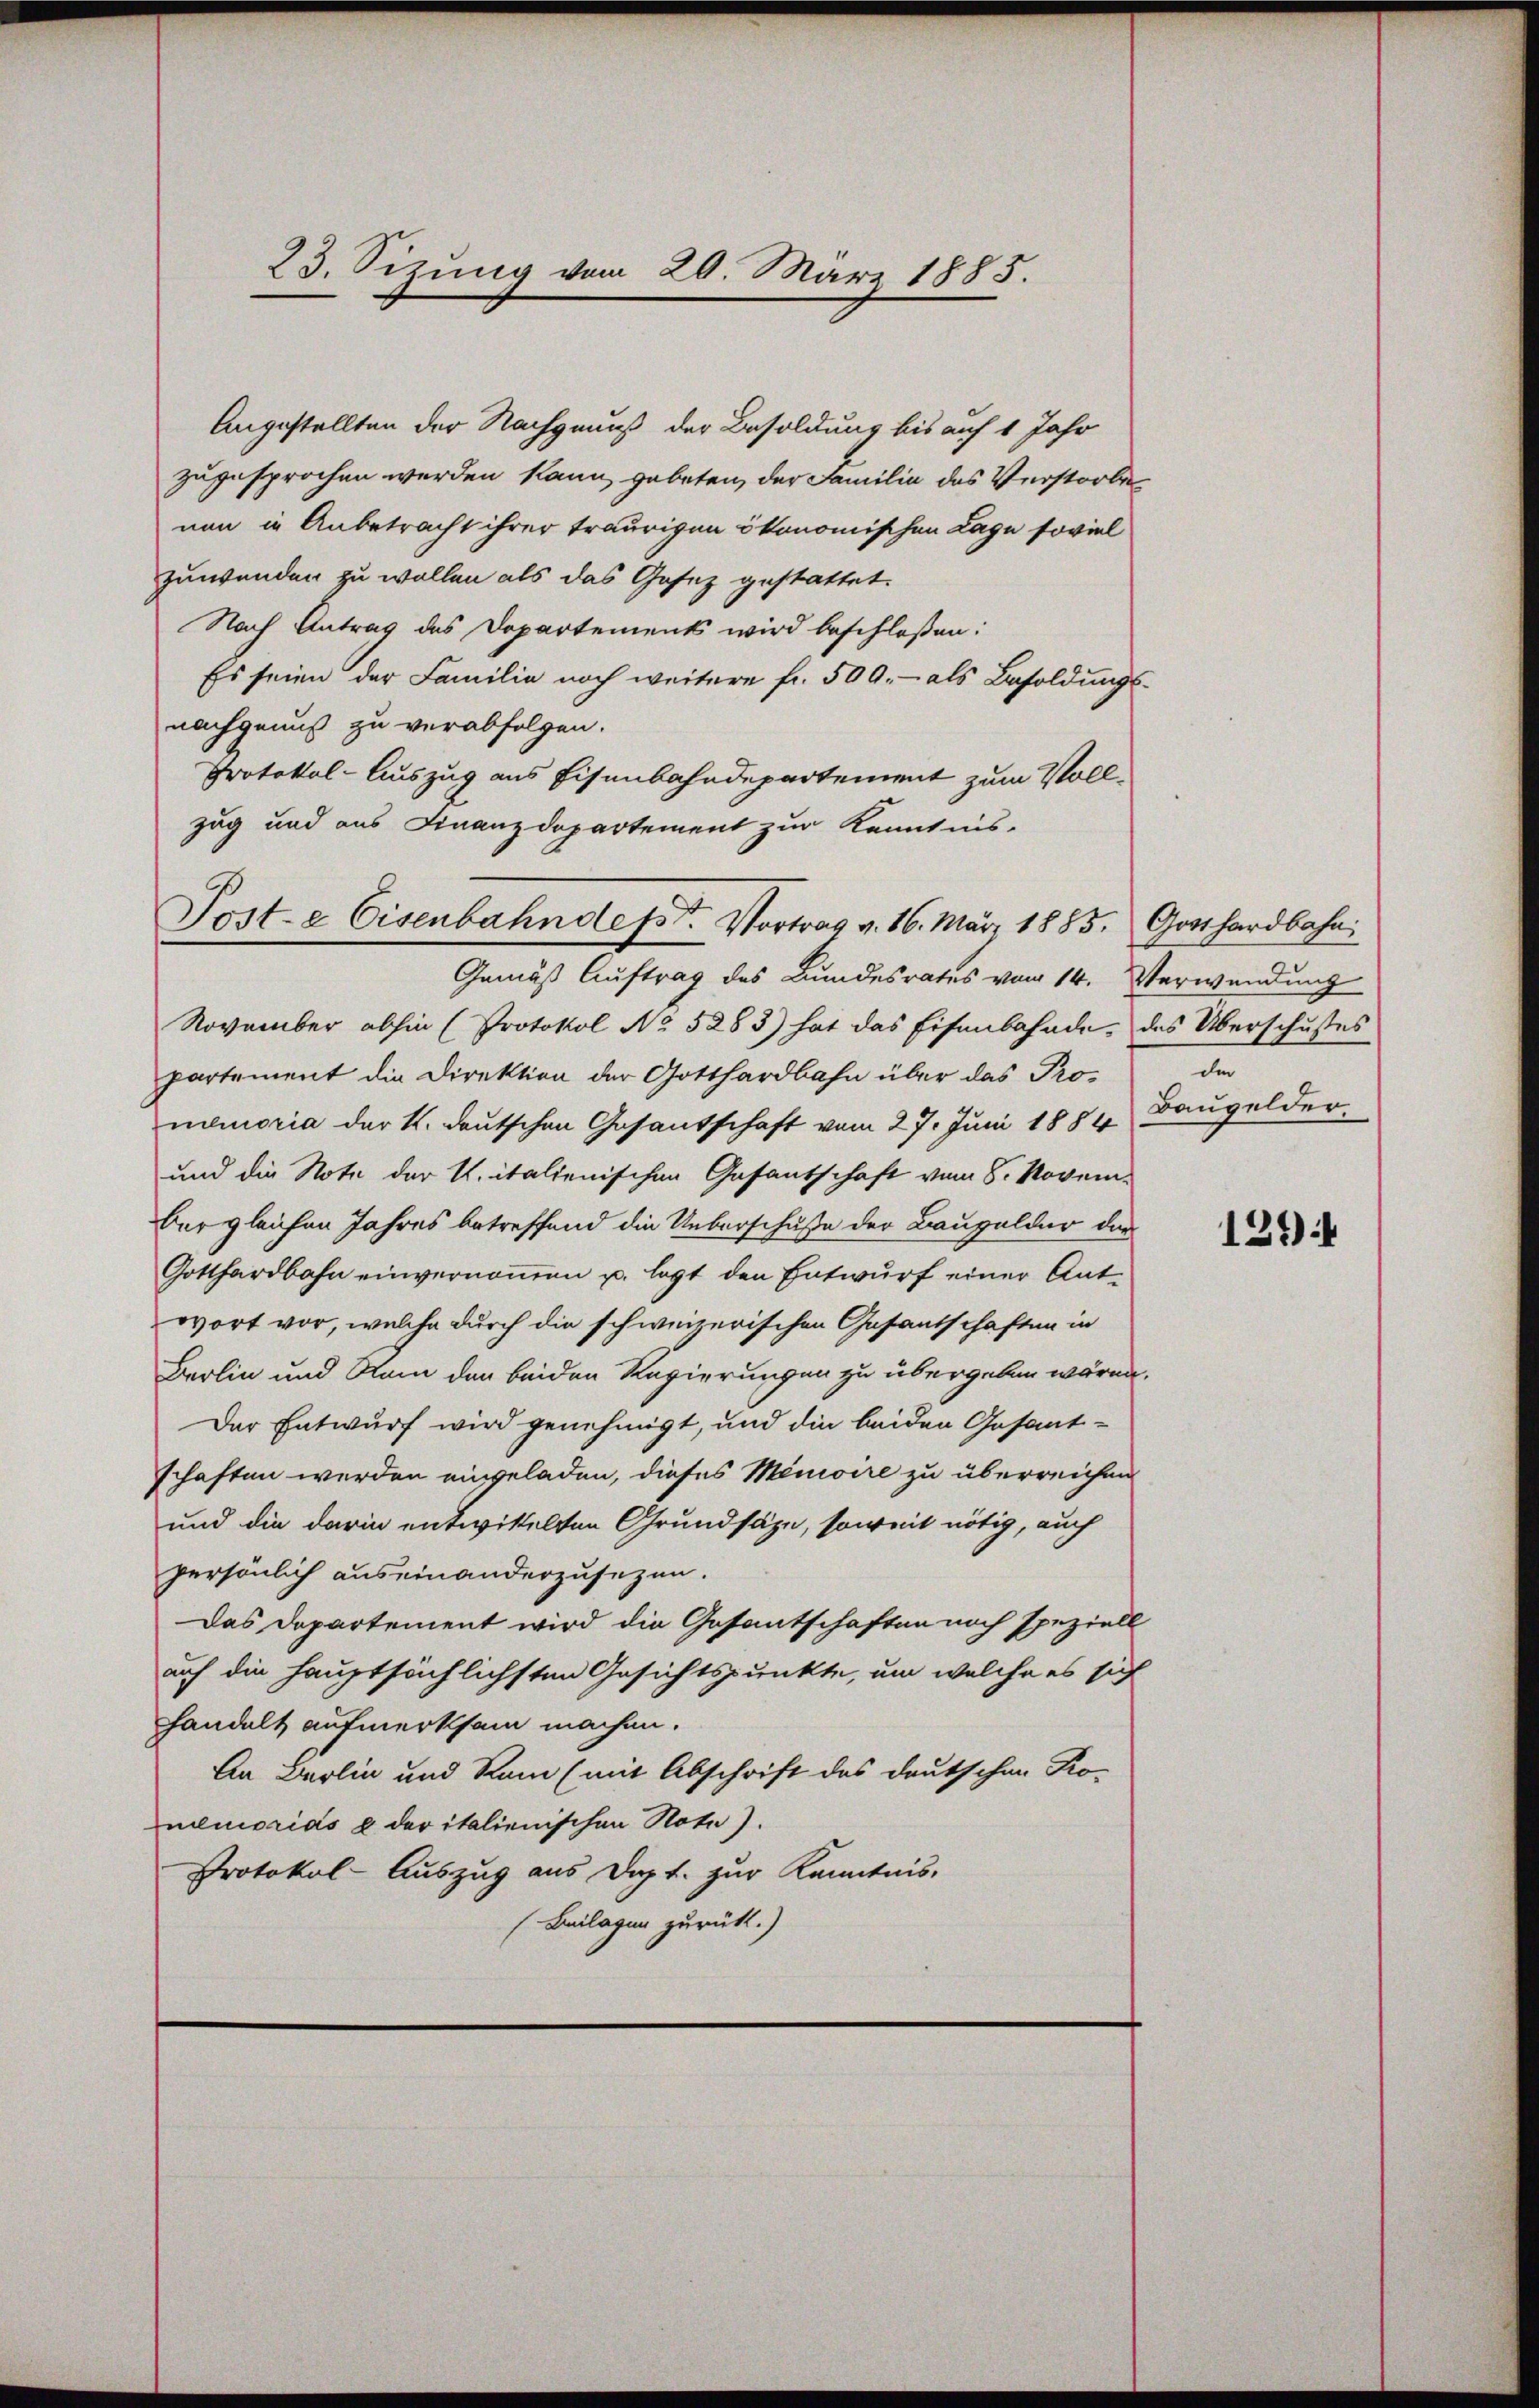
23. Sizung vom 20. März 1885.

Angestellten der Nachgenuß der Besoldung bis auf 1 Jahr
zugesprochen werden kann, gebeten, der Familia des Verstorbe
nen in Anbetracht ihrer traurigen ökonomischen Lage soviel
zuwenden zu wollen als das Gesez gestattet.
Nach Antrag des Departements wird beschloßen:
Es seien der Familie noch weitere fr. 500.- als Besoldungs-
nachgenuß zu verabfolgen.
Protokol-Auszug aus Eisenbahndepartement zum Voll-
zug und aus Finanzdepartement zur Kenntnis-
Gemäß Auftrag des Bundesrates vom 14. Verwendung
November abhin (Protokol No 5283) hat das Eisenbahnde, des Überschußes
partement die Direktion der Gotthardbahn über das Pronemoria der K. deutschen Gesantschaft vom 27. Juni 1884
und die Note der U. italienischen Gasantschaft vom 8. November gleichen Jahres betreffend die Ueberschuße der Baugelder das
Gotthardbahn einvernommen u. legt den Entwurf einer Antwort vor, welche durch die schweizerischen Gesantschaften in
Berlin und Ram den beiden Regierungen zu übergeben wären.
Der Entwurf wird genehmigt, und die beiden Gesant-
schaften werden eingeladen, dieses Memoire zu überreichen
und die darin entwittelten Grundsäze, soweit nötig, auch
persönlich auseinanderzusezen.
Das Departement wird die Gesantschaften noch speziell
auf die hauptsächlichsten Gesichtspunkte, um welche es sich
handelt aufmerksam machen.
An Berlin und Ram (mit Abschrift des Deutschen Ko-
memorias u. der italienischen Note).
Protokol-Auszug aus Dopt. zur Kenntnis,
Beilagen zurück.)

Poste Eisenbahndesst. Vortrag v. 16. März 1885. Gotthardbahn

d
Baugelder.

1294